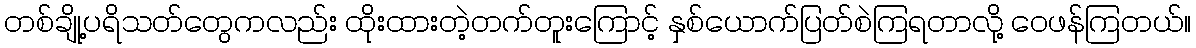
တစ်ချို့ပရိသတ်တွေကလည်း ထိုးထားတဲ့တက်တူးကြောင့် နှစ်ယောက်ပြတ်စဲကြရတာလို့ ဝေဖန်ကြတယ်။